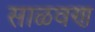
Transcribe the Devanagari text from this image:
साळवण